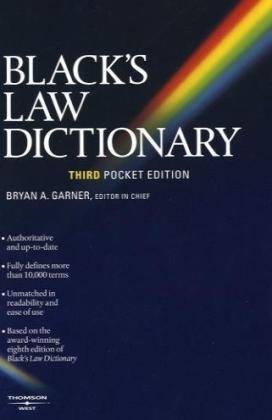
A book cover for Black's Law Dictionary (Pocket), 3rd Edition; Law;